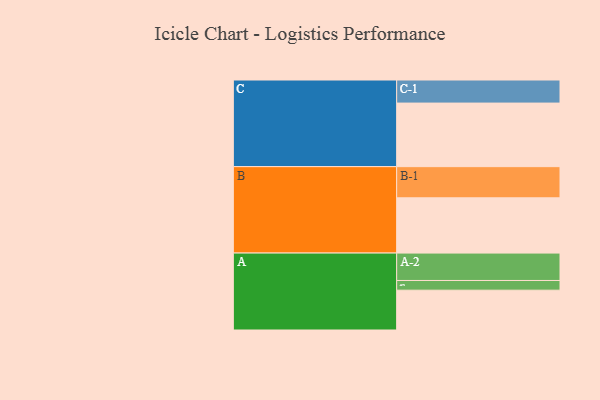
{"axis": {"x": "Segment", "y": "Value"}, "legend": ["", "A", "B", "C"], "data": [{"x": "A", "y": 369, "type": ""}, {"x": "B", "y": 512, "type": ""}, {"x": "C", "y": 589, "type": ""}, {"x": "A-1", "y": 90, "type": "A"}, {"x": "A-2", "y": 254, "type": "A"}, {"x": "B-1", "y": 289, "type": "B"}, {"x": "C-1", "y": 214, "type": "C"}]}